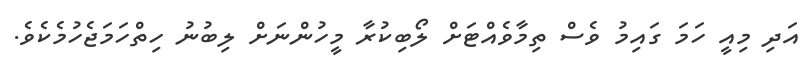
އަދި މިއީ ހަމަ ގައިމު ވެސް ތިމާވެއްޓަށް ލޯބިކުރާ މީހުންނަށް ލިބުނު ހިތްހަމަޖެހުމެކެވެ.